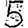
Digit: 5